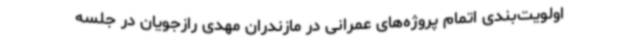
اولویت‌بندی اتمام پروژه‌های عمرانی در مازندران مهدی رازجویان در جلسه